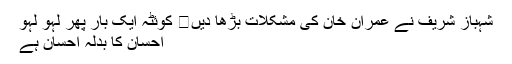
شہباز شریف نے عمران خان کی مشکلات بڑھا دیں	 کوئٹہ ایک بار پھر لہو لہو
احسان کا بدلہ احسان ہے